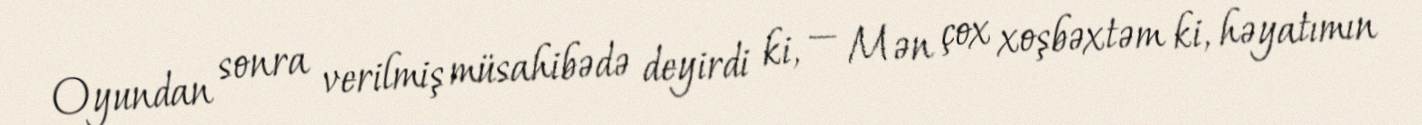
Oyundan sonra verilmiş müsahibədə deyirdi ki, — Mən çox xoşbəxtəm ki, həyatımın